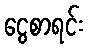
ငွေစာရင်း